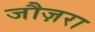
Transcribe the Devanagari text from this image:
जौज़रा